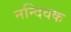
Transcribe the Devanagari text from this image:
नन्दिवक